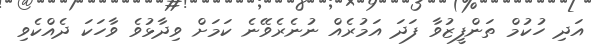
އަދި ހުކުމް ތަންފީޒުވާ ފަދަ އަމުރެއް ނުނެރެވޭނެ ކަމަށް ވިދާޅުވެ ވާހަކަ ދެއްކެވި